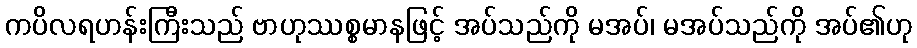
ကပိလရဟန်းကြီးသည် ဗာဟုဿစ္စမာနဖြင့် အပ်သည်ကို မအပ်၊ မအပ်သည်ကို အပ်၏ဟု